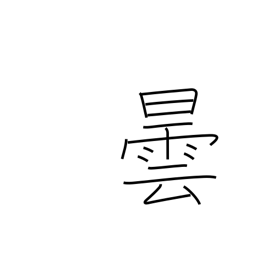
Meaning: cloud up